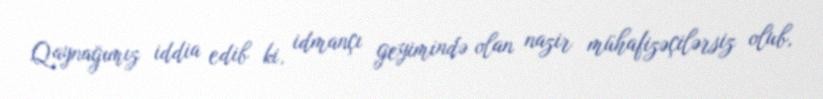
Qaynağımız iddia edib ki, idmançı geyimində olan nazir mühafizəçilərsiz olub,